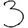
Digit: 3